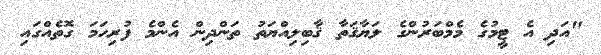
"އަދި އެ ޓީމުގެ މެމްބަރުންގެ ލަޔާޤަތާ ޤާބިލިއްޔަތު ތަންދިން އެންމެ ފުރިހަމަ ގޮތެއްގައި